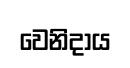
වෙනිදාය